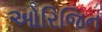
ઓરિજિન